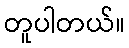
တူပါတယ်။